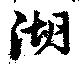
湖